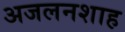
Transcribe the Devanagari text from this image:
अजलनशाह